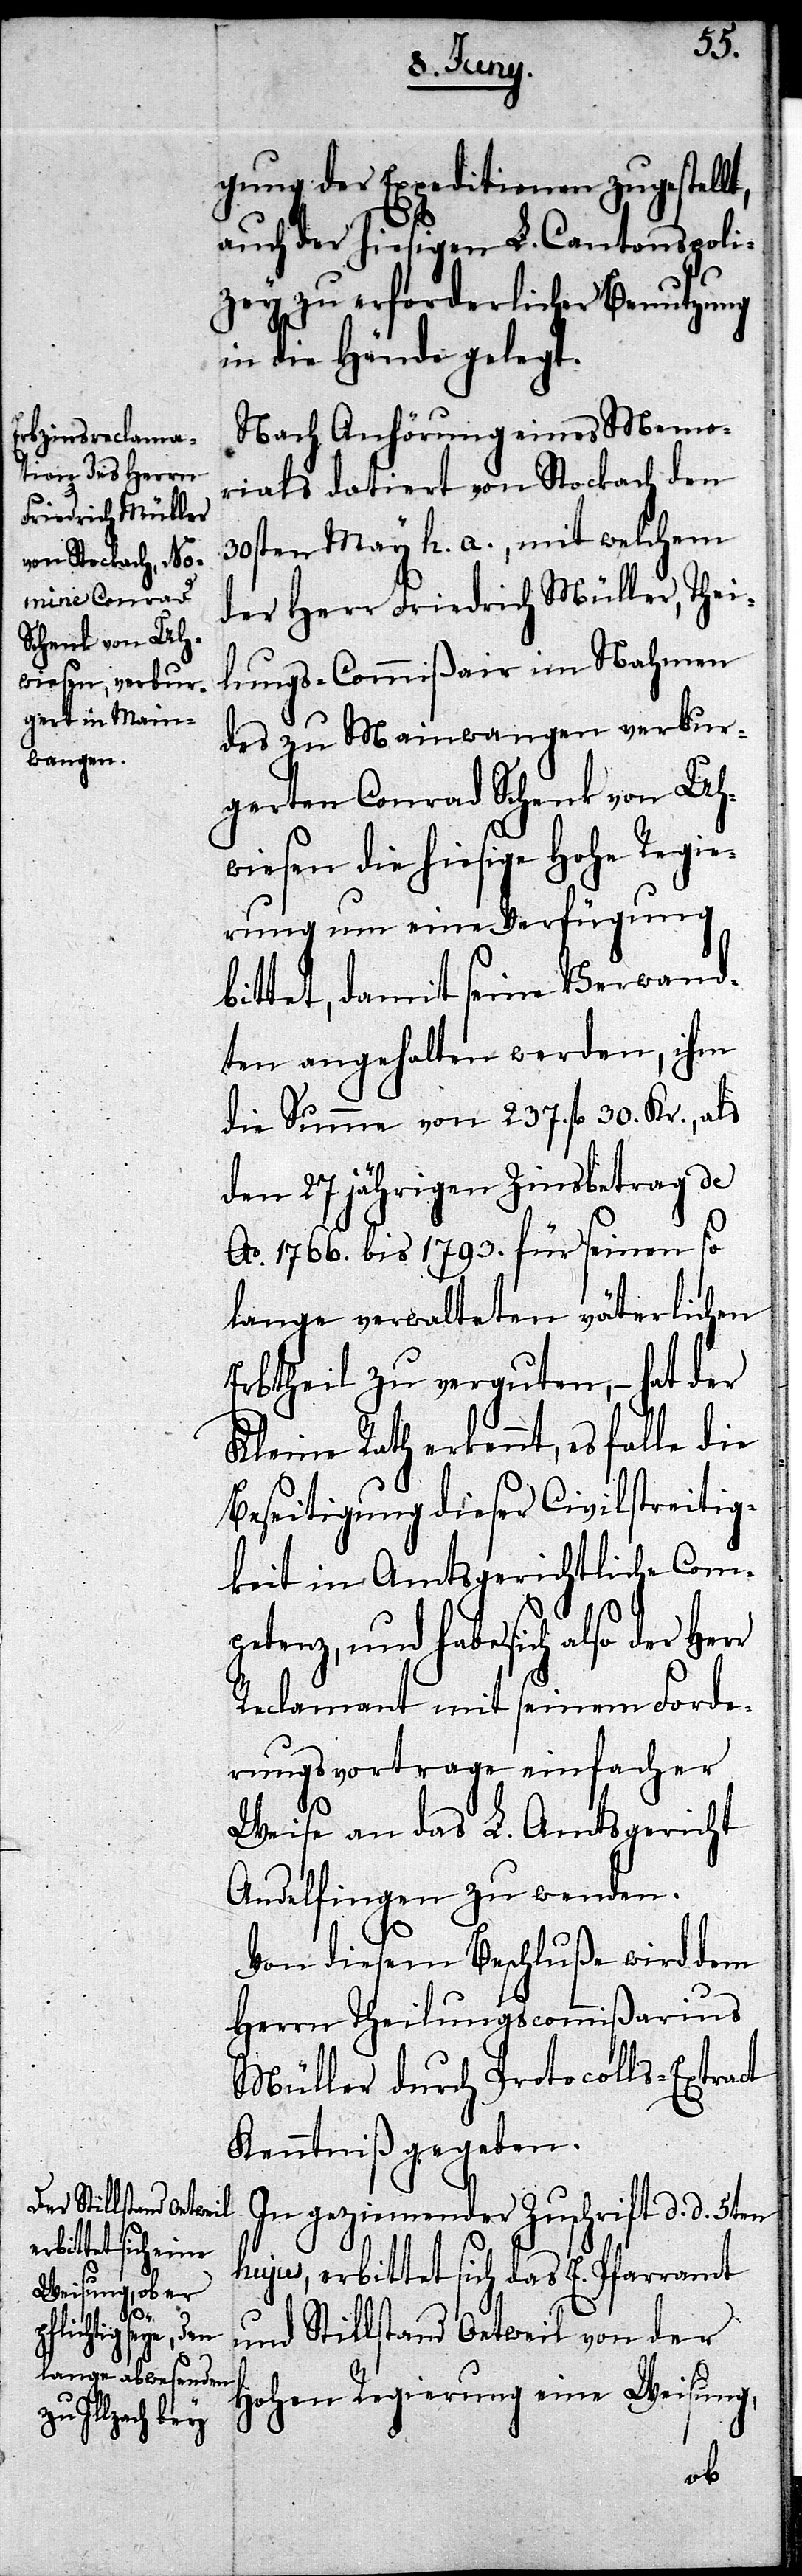
gung der Expeditionen zugestellt,
auch der hiesigen L. Cantonspoli¬
zey zu erforderlicher Benutzung
in die Hände gelegt.
Nach Anhörung eines Memo¬
rials datiert von Stockach den
30sten May h. a., mit welchem
der Herr Friedrich Müller, Thei¬
lungs-Commißair im Nahmen
des zu Mainwangen verbur¬
gerten Conrad Schenk von Uh¬
wiesen die hiesige Hohe Regie¬
rung um eine Verfügung
bittet, damit seine Verwand¬
ten angehalten werden, ihm
die Summe von 237. fl. 30. Kr., als
den 27jährigen Zinsbetrag de
Ao. 1766. bis 1793. für seinen so
lange verwalteten väterlichen
Erbtheil zu verguten, – hat der
Kleine Rath erkennt, es falle die
Beseitigung dieser Civilstreitig¬
keit in Amtsgerichtliche Com¬
petenz, und habe sich also der Her¬
Reclamant mit seinem Forde¬
rungsvortrage einfacher
r
Weise an das L. Amtsgericht
Andelfingen zu wenden.
Von diesem Beschluße wird dem
Herrn Theilungscommißarius
Müller durch Protocolls-Extract
Kenntniß gegeben.
In geziemender Zuschrift d. d. 5ten
hujus, erbittet sich das E. Pfarramt
und Stillstand Oetweil von der
Hohen Regierung eine Weisung,